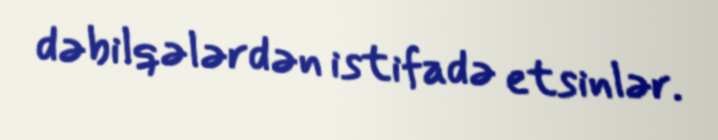
dəbilqələrdən istifadə etsinlər.